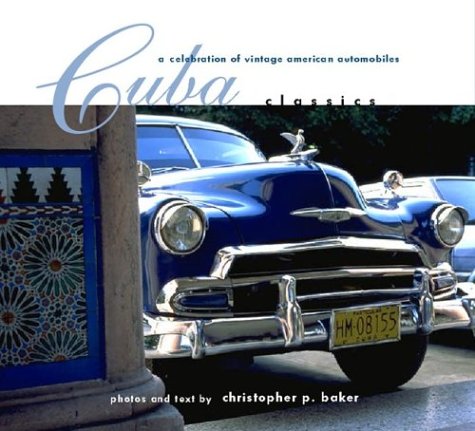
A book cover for Cuba Classics: A Celebration of Vintage American Automobiles; Christopher P. Baker; Travel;